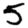
Digit: 5